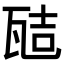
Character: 𭺞